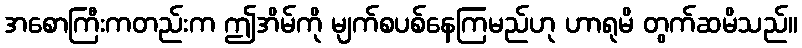
အစောကြီးကတည်းက ဤအိမ်ကို မျက်စပစ်နေကြမည်ဟု ဟာရုမိ တွက်ဆမိသည်။